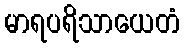
မာရပရိသာယေတံ